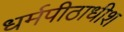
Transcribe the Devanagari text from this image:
धर्मपीठाधीश